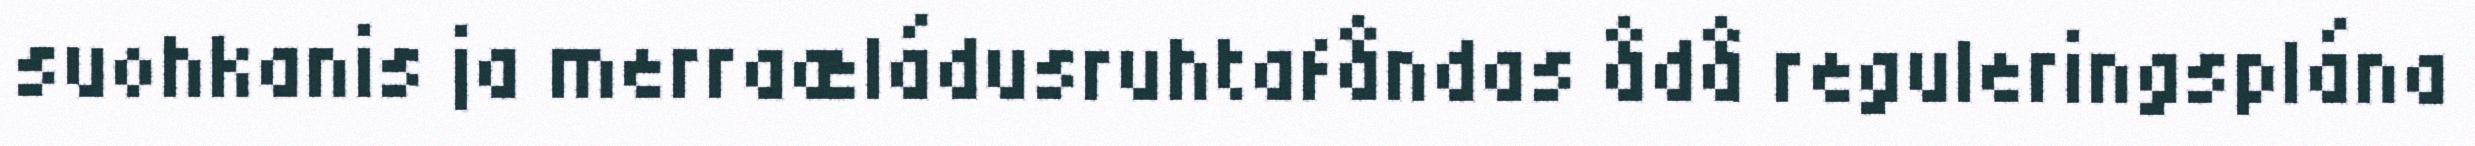
suohkanis ja merraæládusruhtafåndas ådå reguleringsplána